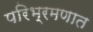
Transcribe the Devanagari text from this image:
परिभ्रमणात